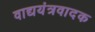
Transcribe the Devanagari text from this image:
वाद्ययंत्रवादक